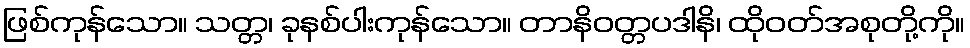
ဖြစ်ကုန်သော။ သတ္တ၊ ခုနစ်ပါးကုန်သော။ တာနိဝတ္တပဒါနိ၊ ထိုဝတ်အစုတို့ကို။